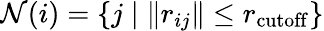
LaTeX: \mathcal{N}(i)=\{ j\mid\| r_{ij}\| \leq r_{\mathrm{cutoff}}\}